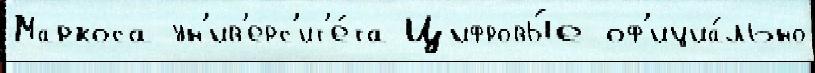
Маркоса ун'ив'ерс'ит'е́та Цифровы́е оф'ициа́льно